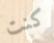
كنت